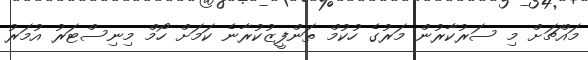
މައްޗަށް މި ސަރުކާރުން މަރުގެ ހުކުމް ތަންފީޒުކުރާނެ ކަމަށް ހޯމް މިނިސްޓަރު އުމަރު